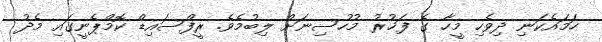
ހަމައެކަނި ދިވެހި މީހާ ގެ ފަޚުރު މުހުސިނަށް ލިބުމެވެ. ރީފްސައިޑް ކޮމްޕެނީގައި މެދު